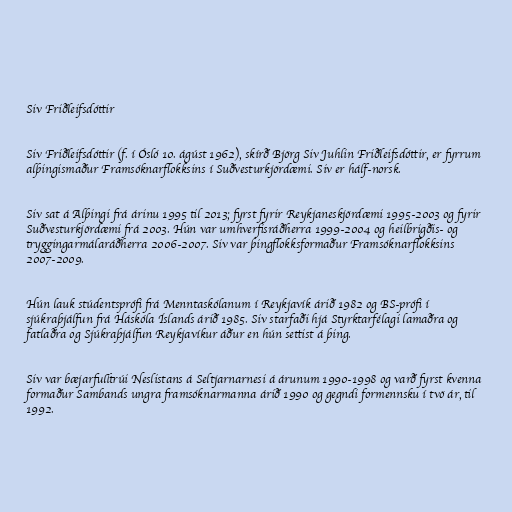
Siv Friðleifsdóttir

Siv Friðleifsdóttir (f. í Ósló 10. ágúst 1962), skírð Björg Siv Juhlin Friðleifsdóttir, er fyrrum
alþingismaður Framsóknarflokksins í Suðvesturkjördæmi. Siv er hálf-norsk.

Siv sat á Alþingi frá árinu 1995 til 2013; fyrst fyrir Reykjaneskjördæmi 1995-2003 og fyrir
Suðvesturkjördæmi frá 2003. Hún var umhverfisráðherra 1999-2004 og heilbrigðis- og
tryggingarmálaráðherra 2006-2007. Siv var þingflokksformaður Framsóknarflokksins
2007-2009.

Hún lauk stúdentsprófi frá Menntaskólanum í Reykjavík árið 1982 og BS-prófi í
sjúkraþjálfun frá Háskóla Íslands árið 1985. Siv starfaði hjá Styrktarfélagi lamaðra og
fatlaðra og Sjúkraþjálfun Reykjavíkur áður en hún settist á þing.

Siv var bæjarfulltrúi Neslistans á Seltjarnarnesi á árunum 1990-1998 og varð fyrst kvenna
formaður Sambands ungra framsóknarmanna árið 1990 og gegndi formennsku í tvö ár, til
1992.